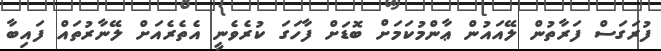
ފުރަގަސް ފަރާތުން ލޭއައުން ޢާންމުކަމަށް ބޮޑަށް ފާހަގަ ކުރެވެނީ އެތެރެއަށް ލޭނާރުތައް ފައިބާ